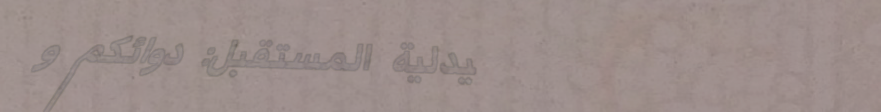
صيدلية المستقبل: دوائكم و